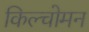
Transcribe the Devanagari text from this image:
किल्चोमन